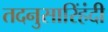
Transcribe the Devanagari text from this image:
तदनुसारिंहंदी